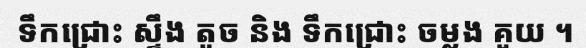
ទឹកជ្រោះ ស្ទឹង តូច និង ទឹកជ្រោះ ចម្លង គួយ ។